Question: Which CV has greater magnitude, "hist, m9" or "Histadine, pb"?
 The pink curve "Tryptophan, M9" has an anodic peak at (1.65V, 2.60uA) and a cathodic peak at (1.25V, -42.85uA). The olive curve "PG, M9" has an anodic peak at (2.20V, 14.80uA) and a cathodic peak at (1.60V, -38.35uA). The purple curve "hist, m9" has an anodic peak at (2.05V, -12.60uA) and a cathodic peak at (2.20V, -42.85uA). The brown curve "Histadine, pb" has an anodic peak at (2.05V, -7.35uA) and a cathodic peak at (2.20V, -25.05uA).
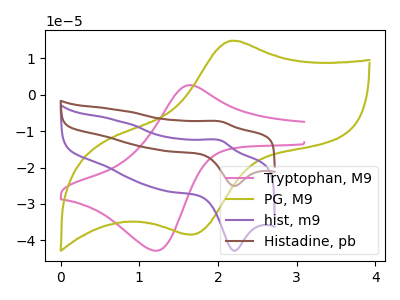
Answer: <think>All the peaks in "hist, m9" have a peak in "Histadine, pb" at the same potential.
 </think>
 <answer>I cant tell if "hist, m9" or "Histadine, pb" has more signal.</answer>
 <eval>mixed_signal</eval>